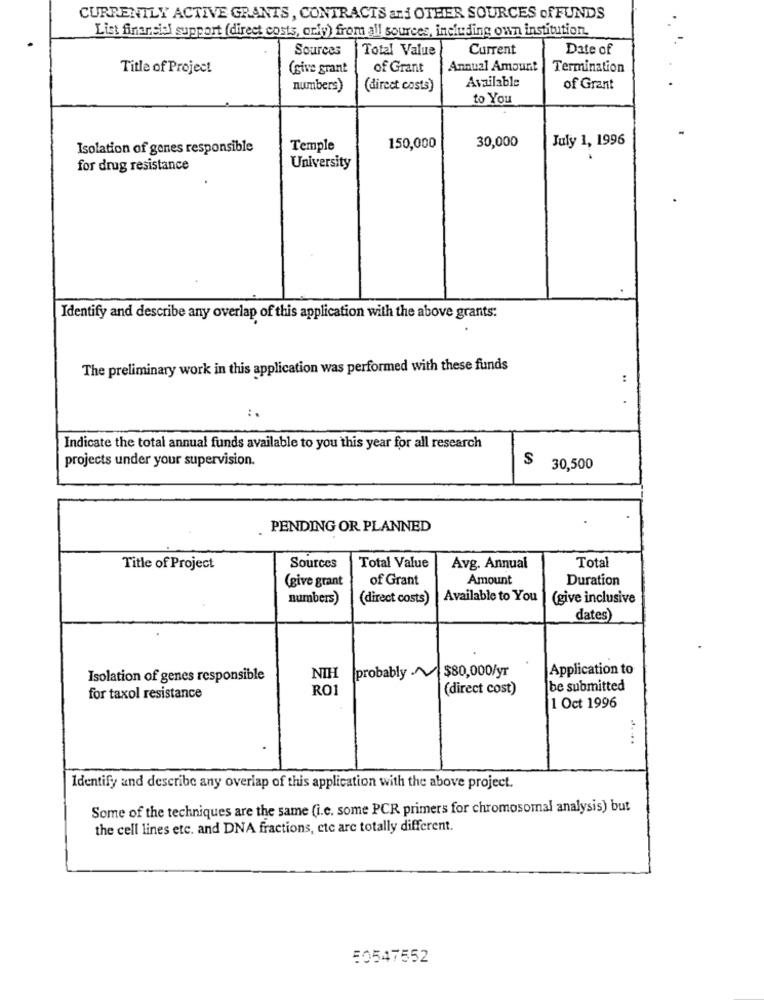
CURRENTLY ACTIVE GRANTS, CONTRACTS and OTHER SOURCES ofFUNDS
List financial support (direct costs, only) from all sources, including own institution.
Sources
Total Value
Current
Date of
Title of Project
(sive grant
of Grant
Annual Amount
Termination
Available
numbers)
(direct costs)
of Grant
to You
July 1, 1996
Isolation of genes responsible
Temple
150,000
30,000
for drug resistance
University
Identify and describe any overlap of this application with the above grants:
The preliminary work in this application was performed with these funds
:
.
Indicate the total annual funds available to you this year for all research
projects under your supervision.
$ 30,500
PENDING OR PLANNED
Title of Project
Sources
Total Value
Avg. Annual
Total
(give grant
of Grant
Amount
Duration
numbers)
(direct costs)
Available to You
(give inclusive
dates)
probably .A $80,000/yr
Application to
Isolation of genes responsible
NIH
RO1
(direct cost)
be submitted
for taxol resistance
1 Oct 1996
Identify and describe any overlap of this application with the above project.
Some of the techniques are the same (i.e. some PCR primers for chromosomal analysis) but
the cell lines etc. and DNA fractions, etc are totally different.
50547552